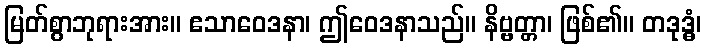
မြတ်စွာဘုရားအား။ ဧသာဝေဒနာ၊ ဤဝေဒနာသည်။ နိဗ္ဗတ္တာ၊ ဖြစ်၏။ တဒုဒ္ဓံ၊